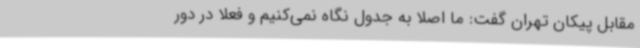
مقابل پیکان تهران گفت: ما اصلا به جدول نگاه نمی‌کنیم و فعلا در دور